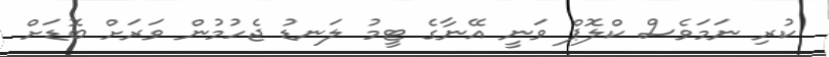
ކުރި ނަމަވެސް ކްލޮޕް ވަނީ އޭނާގެ ޓީމު ލަނޑު ޖެހުމުން ވަރަށް ބޮޑަށް